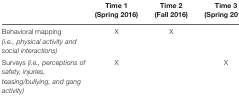
<table><thead><tr><td></td><td><b>Time 1 (Spring 2016)</b></td><td><b>Time 2 (Fall 2016)</b></td><td><b>Time 3 (Spring 2017)</b></td></tr></thead><tbody><tr><td>Behavioral mapping <i>(i.e., physical activity and social interactions)</i></td><td>X</td><td>X</td><td></td></tr><tr><td>Surveys <i>(i.e., perceptions of safety, injuries, teasing/bullying, and gang activity)</i></td><td>X</td><td></td><td>X</td></tr></tbody></table>